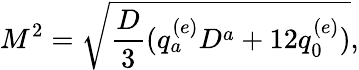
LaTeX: M^{2}=\sqrt{{\frac{D}{3}}(q_{a}^{(e)}D^{a}+12q_{0}^{(e)})},